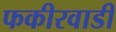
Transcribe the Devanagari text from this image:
फकीरवाडी